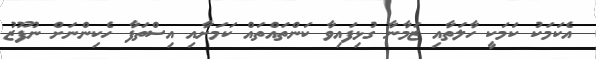
އެކަމަކު ކަމަކީ ހާލަތާއި ޒަމާނާ ގުޅިފައިވާ ކަންތައްތައް ކަމަށާއި އިސްތަފާ ހެކިންނަށް ނުފޫޒު